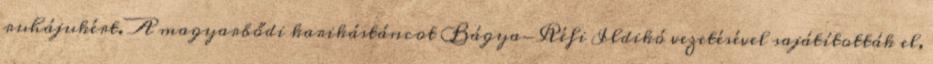
ruhájukért. A magyarbődi karikástáncot Bágya-Réfi Ildikó vezetésével sajátították el,